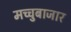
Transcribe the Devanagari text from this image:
मच्चुबाजार